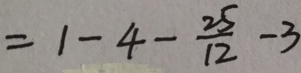
= 1 - 4 - \frac { 2 5 } { 1 2 } - 3